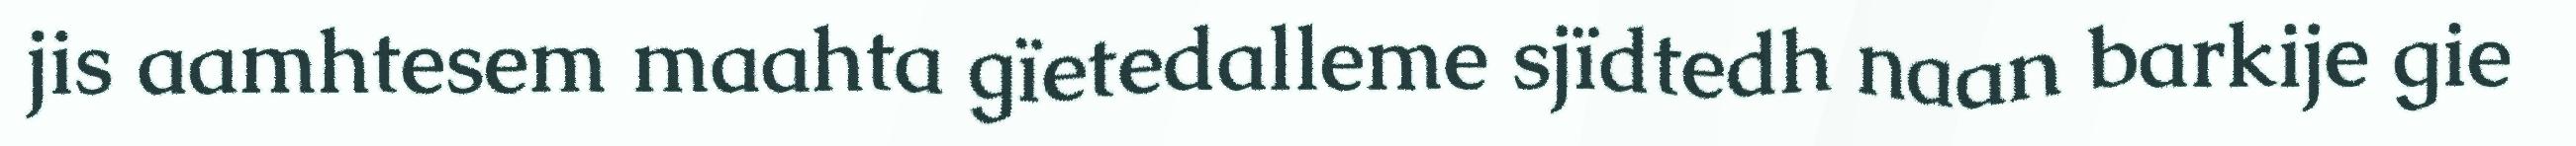
jis aamhtesem maahta gïetedalleme sjïdtedh naan barkije gie